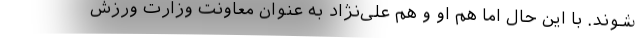
شوند. با این حال اما هم او و هم علی‌نژاد به عنوان معاونت وزارت ورزش